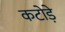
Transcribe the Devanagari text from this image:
कटोड़े